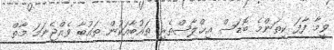
ވީމާ ފާފަ ކިތަންމެ ބޮޑަސް އިޚްލާޞްތެރި ތައުބާއަކުން ތައުބާ ވެއްޖެނަމަ މާތް